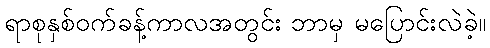
ရာစုနှစ်ဝက်ခန့်ကာလအတွင်း ဘာမှ မပြောင်းလဲခဲ့။